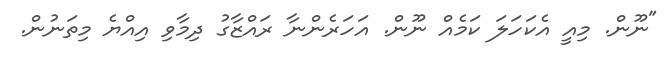
"ނޫން. މިއީ އެކަހަލަ ކަމެއް ނޫން. އަހަރެންނާ ރައްޒާގު ދިމާވި އިއްޔެ މިތަނުން.